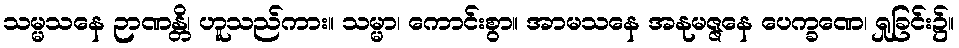
သမ္မသနေ ဉာဏန္တိ၊ ဟူသည်ကား။ သမ္မာ၊ ကောင်းစွာ။ အာမသနေ အနုမဇ္ဇနေ ပေက္ခဏေ၊ ရှုခြင်း၌။